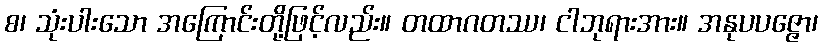
စ၊ သုံးပါးသော အကြောင်းတို့ဖြင့်လည်း။ တထာဂတဿ၊ ငါဘုရားအား။ အနုပပဇ္ဇော၊